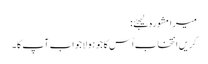
میرا مشورہ لیجئے:
کریں انتخاب اُس کا جو ہو لاجواب آپ کا۔